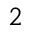
^ 2